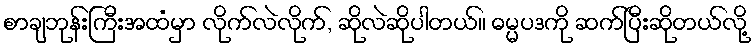
စာချဘုန်းကြီးအထံမှာ လိုက်လဲလိုက်, ဆိုလဲဆိုပါတယ်။ ဓမ္မပဒကို ဆက်ပြီးဆိုတယ်လို့